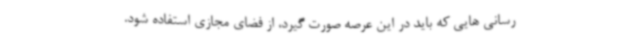
رسانی هایی که باید در این عرصه صورت گیرد، از فضای مجازی استفاده شود.